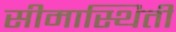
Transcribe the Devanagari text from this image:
सीमास्थिती